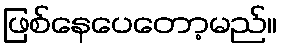
ဖြစ်နေပေတော့မည်။